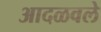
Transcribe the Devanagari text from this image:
आदळवले